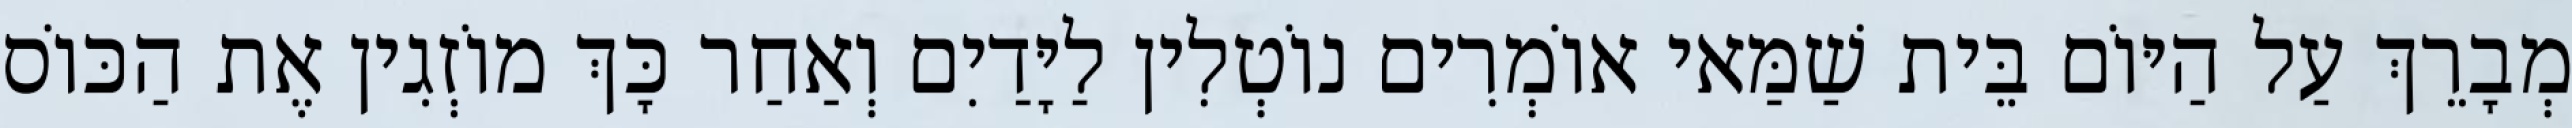
מְבָרֵךְ עַל הַיּוֹם בֵּית שַׁמַּאי אוֹמְרִים נוֹטְלִין לַיָּדַיִם וְאַחַר כָּךְ מוֹזְגִין אֶת הַכּוֹס